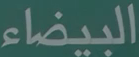
البيضاء